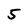
Character: 5